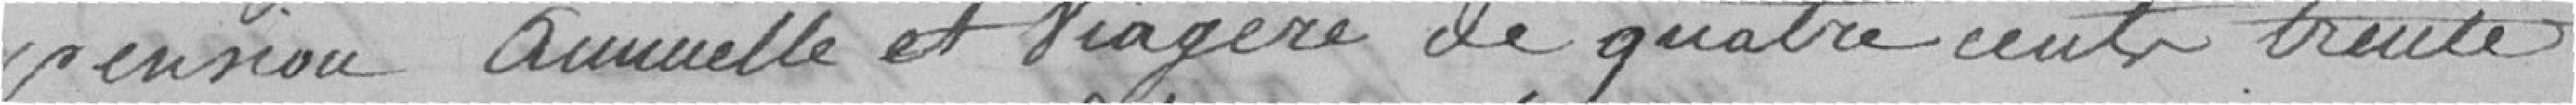
pension annuelle et viagère de quatre centre trente